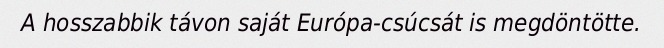
A hosszabbik távon saját Európa-csúcsát is megdöntötte.